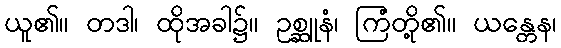
ယူ၏။ တဒါ၊ ထိုအခါ၌။ ဥစ္ဆူနံ၊ ကြံတို့၏။ ယန္တေန၊